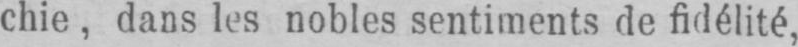
chie, dans les nobles sentiments de fidélité,